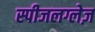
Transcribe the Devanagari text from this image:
स्पीजलग्लेज़